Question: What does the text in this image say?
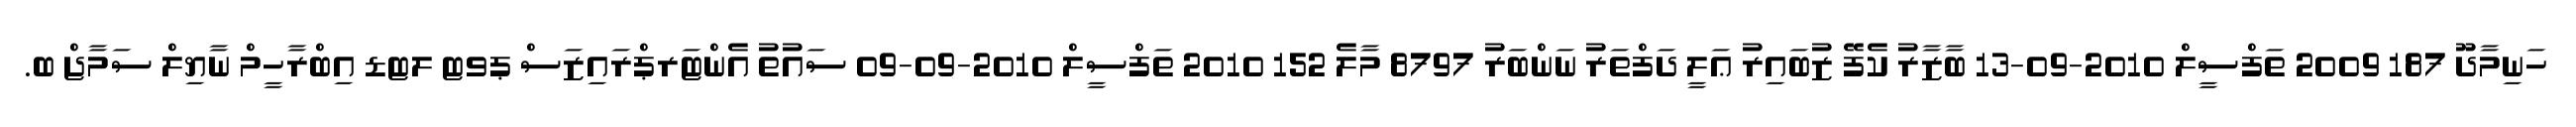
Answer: ހަނިމާދޫ 187 2009 ތަފްސީލް 2010-09-13 ބާޒާރު ކެފޭ ޒުބައިރު ޢަލީ ދަފްތަރު ނަންބަރު 8797 މާލެ 152 2010 ތަފްސީލް 2010-09-09 ސައުތު އެންޓަރޕްރައިޒަސް ޕވޓ ލޓޑ އިބްރާހީމް ނާޔިލް ސަމާޖް ބ.